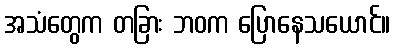
အသံတွေက တခြား ဘဝက ပြောနေသယောင်။